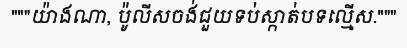
"""យ៉ាងណា, ប៉ូលីសចង់ជួយទប់ស្កាត់បទល្មើស."""